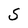
Character: S